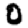
Digit: 0